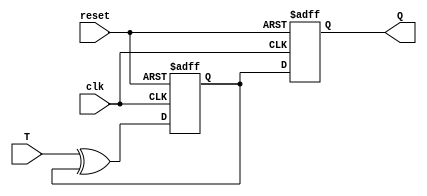
module T_FF (
    input wire clk,
    input wire reset,
    input wire T,
    output reg Q
);

reg D;
reg Q_master;

// Master flip-flop
always @(posedge clk or posedge reset) begin
    if (reset) begin
        Q_master <= 1'b0;
    end else begin
        Q_master <= T ^ Q_master;
    end
end

// Slave flip-flop
always @(negedge clk or posedge reset) begin
    if (reset) begin
        D <= 1'b0;
    end else begin
        D <= Q_master;
    end
end

assign Q = D;

endmodule